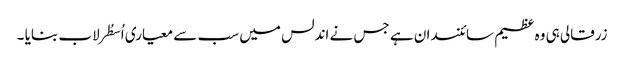
زرقالی ہی وہ عظیم سائنسدان ہے جس نے اندلس میں سب سے معیاری اُسطُرلاب بنایا ۔